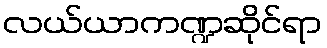
လယ်ယာကဏ္ဍဆိုင်ရာ